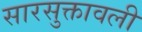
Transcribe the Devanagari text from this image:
सारसुक्तावली